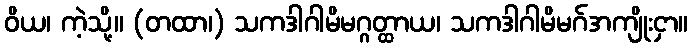
ဝိယ၊ ကဲ့သို့။ (တထာ၊) သကဒါဂါမိမဂ္ဂတ္ထာယ၊ သကဒါဂါမိမဂ်အကျိုးငှာ။